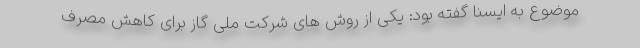
موضوع به ایسنا گفته بود: یکی از روش های شرکت ملی گاز برای کاهش مصرف